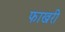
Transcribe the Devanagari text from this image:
फाखरी